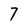
Character: 7